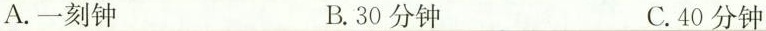
A.一刻钟 B.30分钟 C.40分钟